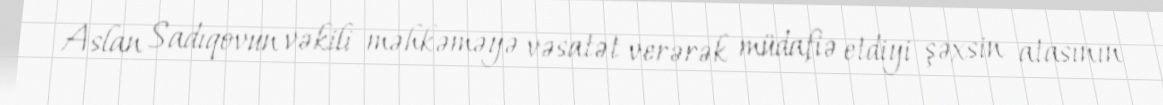
Aslan Sadıqovun vəkili məhkəməyə vəsatət verərək müdafiə etdiyi şəxsin atasının